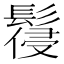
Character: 𩮕